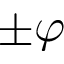
\pm \varphi